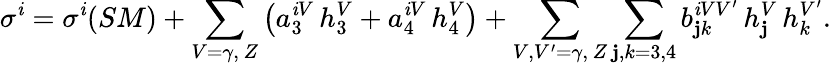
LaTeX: \sigma^{\mathit{i}}=\sigma^{\mathit{i}}(SM)+\sum_{V=\gamma,\, Z}\left(a_{3}^{\mathit{i}V}\, h_{3}^{V}+a_{4}^{\mathit{i}V}\, h_{4}^{V}\right)+\sum_{V,V^{\prime}=\gamma,\, Z}\sum_{\mathbf{j},k=3,4}b_{\mathbf{j}k}^{\mathit{i}VV^{\prime}}\, h_{\mathbf{j}}^{V}\, h_{k}^{V^{\prime}}.